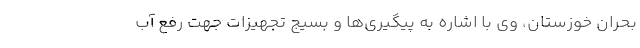
بحران خوزستان، وی با اشاره به پیگیری‌ها و بسیج تجهیزات جهت رفع آب